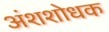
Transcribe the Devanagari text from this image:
अंशशोधक